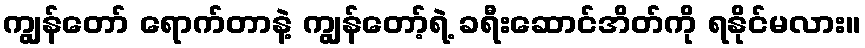
ကျွန်တော် ရောက်တာနဲ့ ကျွန်တော့်ရဲ့ ခရီးဆောင်အိတ်ကို ရနိုင်မလား။